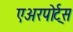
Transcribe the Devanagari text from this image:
एअरपोर्ट्‌स